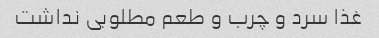
غذا سرد و چرب و طعم مطلوبی نداشت